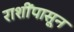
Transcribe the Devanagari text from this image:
राशींपासून